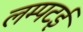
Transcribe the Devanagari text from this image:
लम्पटई